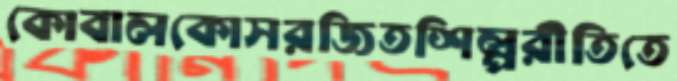
কোবালকোসরজিতশিল্পরীতিতে